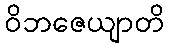
ဝိဘဇေယျာတိ